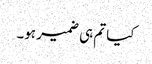
کیا تم ہی ضمیر ہو۔